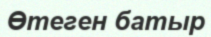
Өтеген батыр